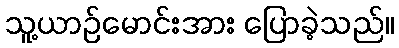
သူ့ယာဉ်မောင်းအား ပြောခဲ့သည်။